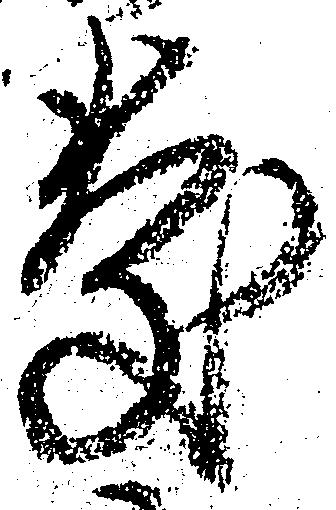
慶